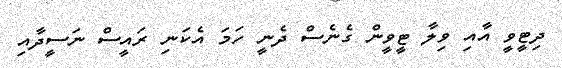
ދިޓީވީ އާއި ވިލާ ޓީވީން ގެނެސް ދެނީ ހަމަ އެކަނި ރައީސް ނަސީދާއި